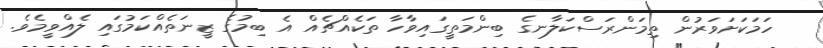
ހަމަކަށަވަރުން ތިމަންރަސްކަލާނގެ ބިންމަތީގައިވާހާ ތަކެއްޗެއް އެ ބިމުގެ ޒީނަތެއްކަމުގައި ލެއްވީމެވެ.